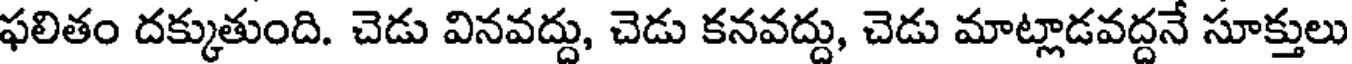
ఫలితం దక్కుతుంది. చెడు వినవద్దు, చెడు కనవద్దు, చెడు మాట్లాడవద్దనే సూక్తులు